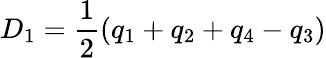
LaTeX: D_{1}=\frac{1}{2}(q_{1}+q_{2}+q_{4}-q_{3})